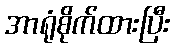
အာရုံစိုက်ထားပြီး